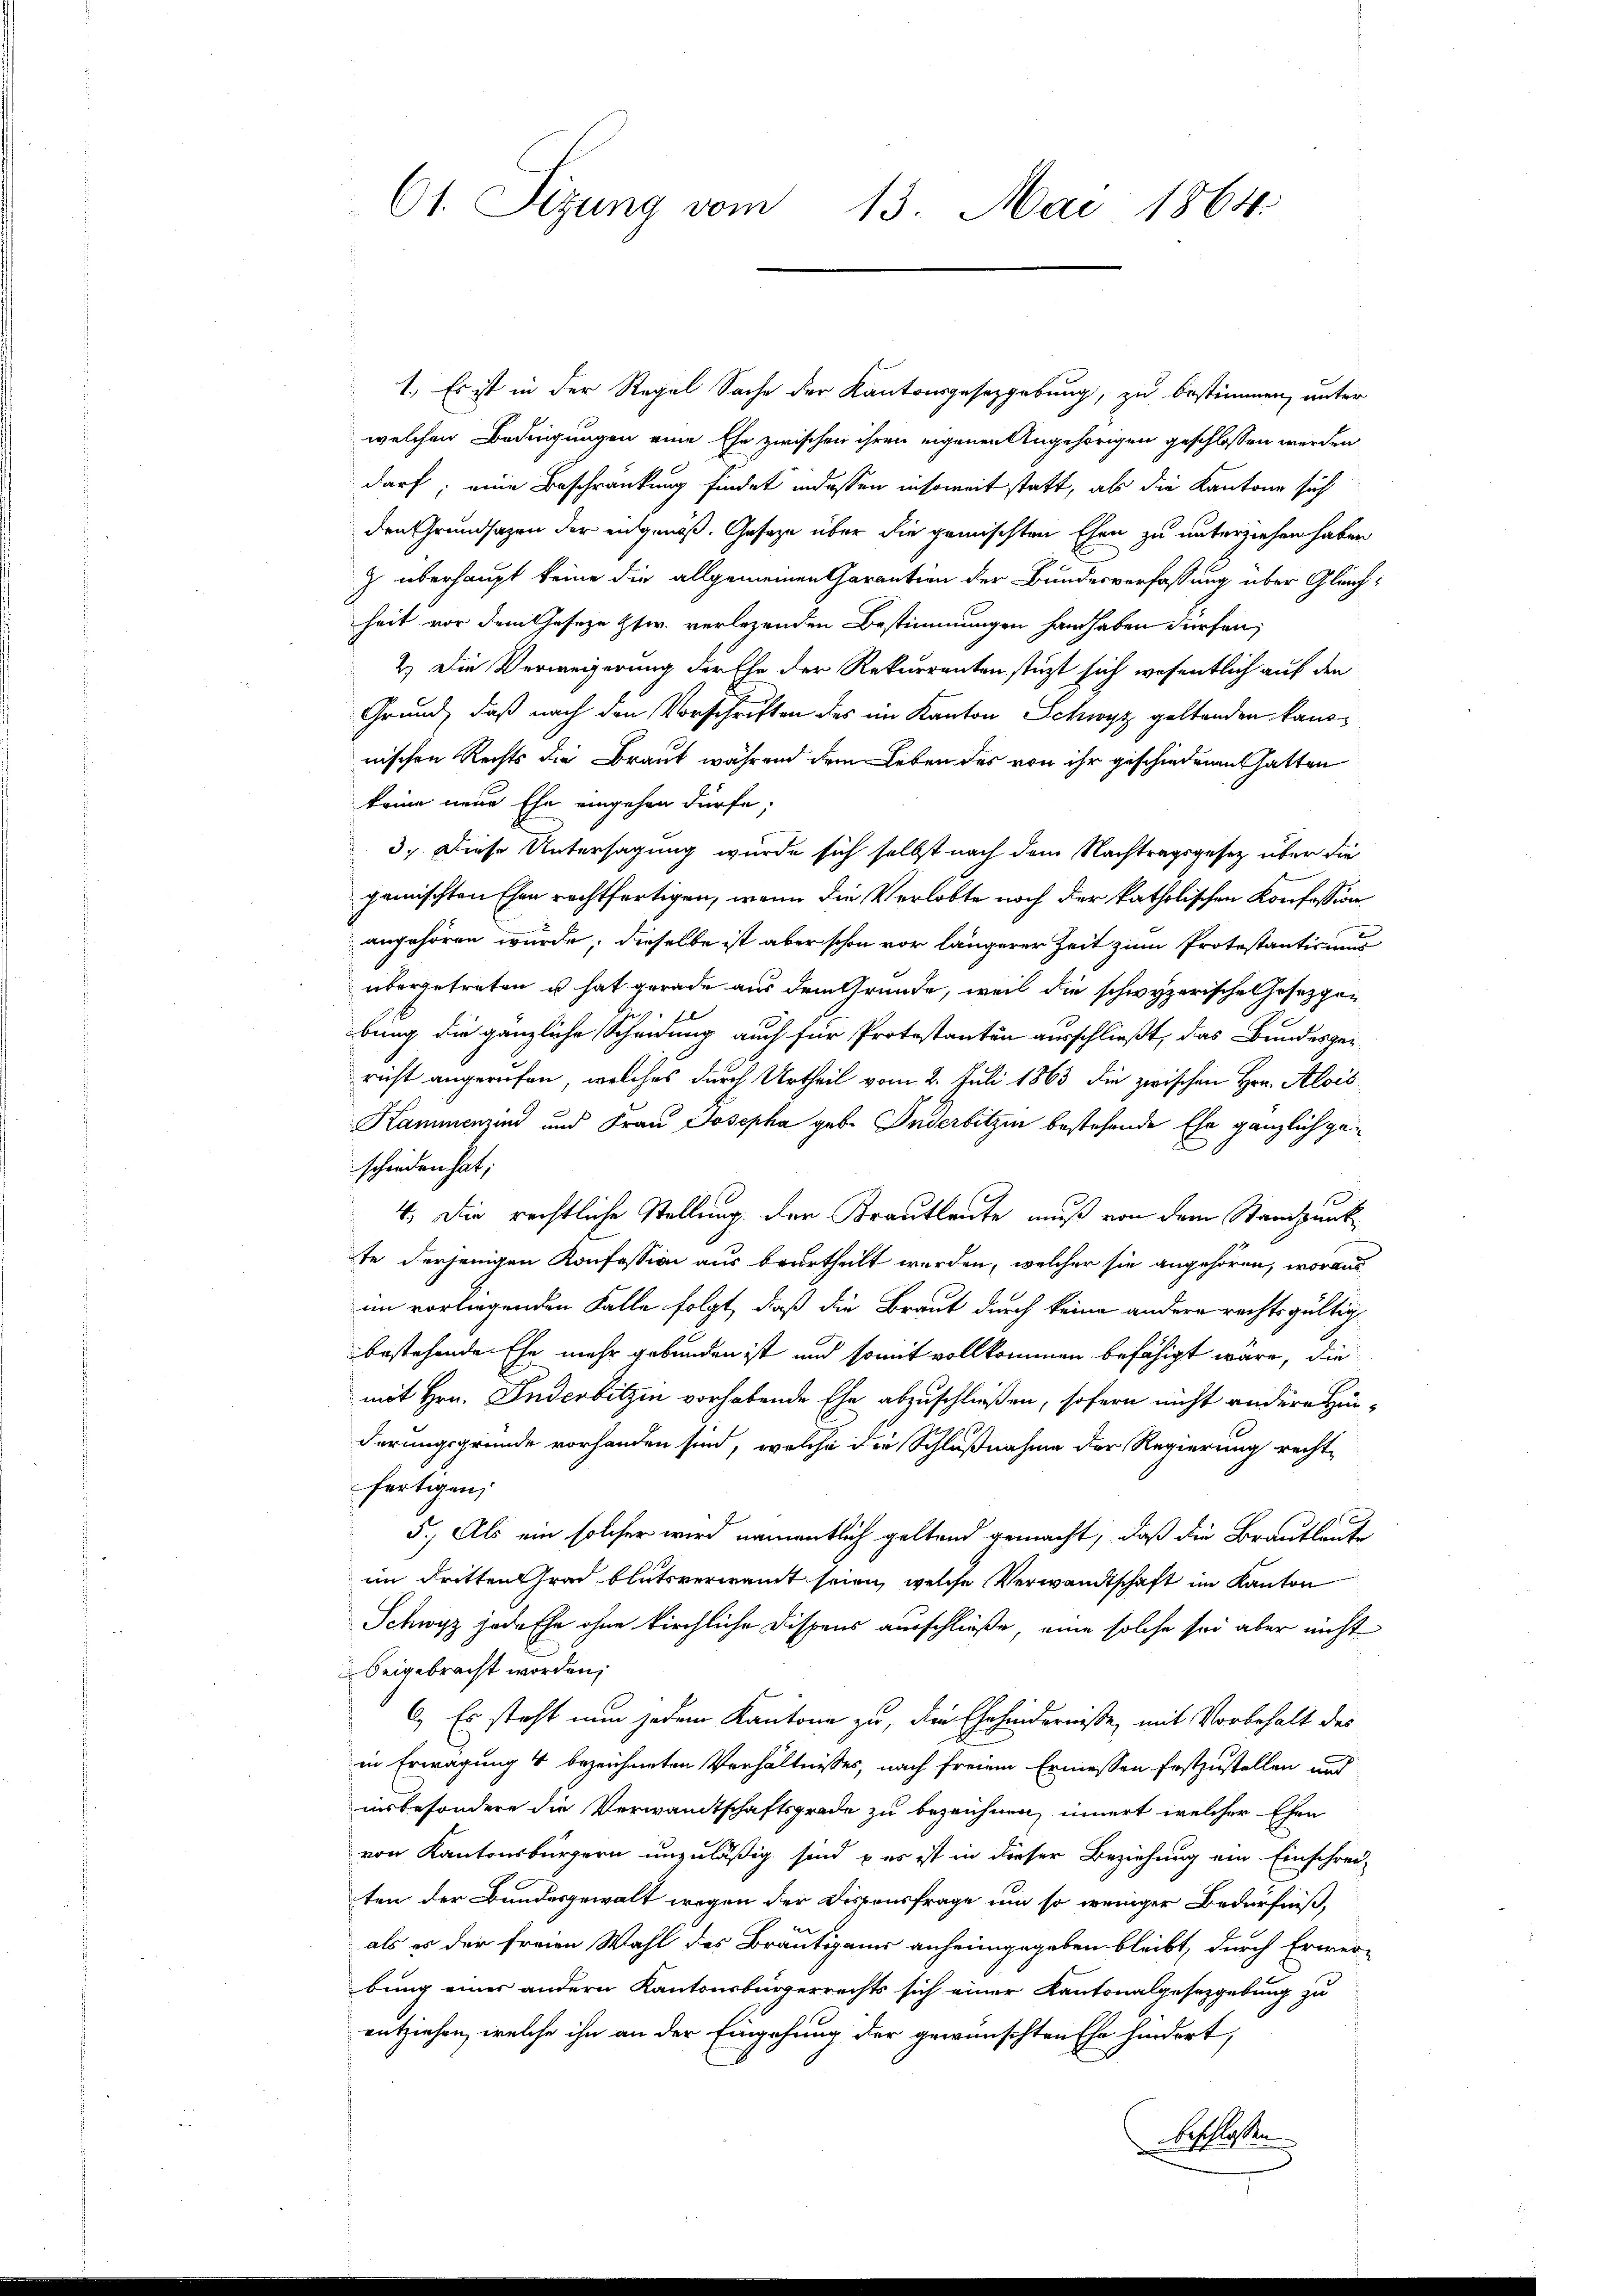
61. Sizung vom 13. Mai 1864

1.) Es ist in der Regel Sache der Kantonsgesetzgebung, zu bestimmen, unter
welchen Bedingungen eine Ehe zwischen ihren eigenen Angehörigen geschlossen werden,
darf; eine Beschränkung findet indessen insoweit statt, als die Kantone sich
den Grundsazen der angenoß. Gesetze über die gemischten Ehen zu unterziehen haben
J überhaupt keine die allgemeinen Garantion der Bundesverfassung über Gleichheit vor dem Geseze Ztw. verlegenden Bestimmungen handhaben dürfen;
2.) Die Verweigerung der Ehe der Rekurrenten stüzt sich wesentlich auf den
Grund, daß nach den Vorschriften des im Kanton Schwyz geltenden kannnischen Rechts die Braut während dem Leben des von ihr geschiedenen hatten
keine neue Ehe eingehen dürfe;
3. Diese Untersagung wurde sich selbst nach dem Nachtragsgesetz über die
gemischten Ehen rechtfertigen, wenn die Verlobte noch der katholischen Konfession
angehören wurde, dieselbe ist aber schon vor längerer Zeit zum Protestantinung
übergetreten u hat gerade aus dem Gründe, weil die schwyzerische Gesezpon
Lib
bung die gänzliche Scheidung auch für Protestanten ausschließt, das Bundesger
richt angerufen, welches durch Urtheil vom 2. Juli 1863 die zwischen Hrn. Alois
Kammenzind und Frau Josepha geb. Inderbitzin bestehende Ehe gänzlich geschieden hat;
4. Die rechtliche Stellung der Krautleute muß von dem Standpunk
te derjenigen Konfession aus beurtheilt werden, welcher sie angehören, woraus
im vorliegenden Falle folgt, daß die Braut durch keine andere rechtsgültig
bestehende Ehe mehr gebunden ist und somit vollkommen befähigt wäre, die
mit Hrn. Inderbitzen vorhabende Ehe abzuschließen, sofern nicht andere Hinderungsgründe vorhanden sind, welche die Schlußnahme der Regierung recht-
fertigen,
1
5.) Als ein solcher wird namentlich geltend gemacht, daß die Brautleute
im dritten Grad blutsverwant seien, welche Verwandtschaft im Kanton
Schwyz jede Ehe ohne kirchliche Dispens ausschließe, eine solche sei aber nicht
beigebracht worden;
6.) Es steht nun jedem Kantone zu, die Ehehindernisse, mit Vorbehalt des
in Erwägung 4 bezeichneten Verhältnisses, nach freiem Ermessen festzustellen und
insbesondere die Verwandtschaftsgrade zu bezeichnen, innert welcher Ehen
von Kantonsbürgern unzuläßig sind es ist in dieser Beziehung ein Einschrei-
ten der Bundesgewalt wegen der Dissensfrage um so weniger Bedürfniß,
als es der freien Wahl des Bräutigams anheimgegeben bleibt, durch Erwei-
bung einer andern Kantonsbürgerrechts sich einer Kantonalgesetzgebung zu
entziehen, welche ihn an der Eingehung der gewünschten Ehe hindert,
beschlossen